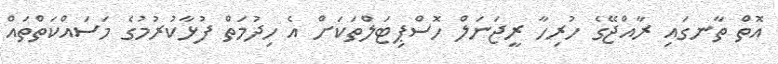
އޮތް ތާނގައި ރާއްޖޭގެ ހުރިހާ ރީޖަނަލް ހޮސްޕިޓަލްތަކަށް އެ ހިދުމަތް ފުޅާކުރުމުގެ މަސައްކަތްތައް